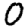
Digit: 0